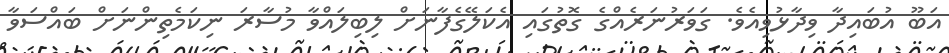
އަބޫ އުބައިދާ ވިދާޅުވިއެވެ. ގަވަރުނަރެއްގެ ގޮތުގައި އެކަލޭގެފާނަށް ލިބިލައްވާ މުސާރަ ނިކަމެތިންނަށް ބައްސަވާ